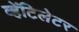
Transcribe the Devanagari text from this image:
व्हेंटिलेटर